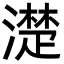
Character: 濋